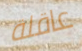
عاقلة